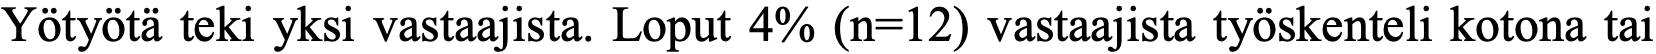
Yötyötä teki yksi vastaajista. Loput 4% (n=12) vastaajista työskenteli kotona tai